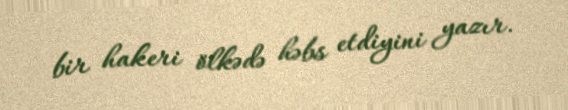
bir hakeri ölkədə həbs etdiyini yazır.